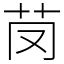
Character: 𦬣